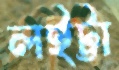
লইট্টা